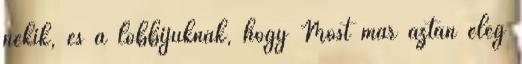
nekik, és a lobbijuknak, hogy Most már aztán elég